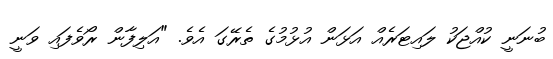
ބުނަނީ ކުއްޖަކު ލައިޓަރެއް އަޅަން އުޅުމުގެ ތެރޭގަ އެވެ. "އަލިފާން ރޯވެފައި ވަނީ